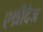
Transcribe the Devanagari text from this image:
एथ्रीदेज